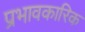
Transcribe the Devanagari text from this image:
प्रभावकारिक